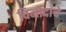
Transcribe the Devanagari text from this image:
विनोदांचे